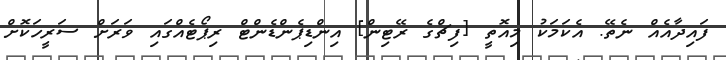
ފައިދާއެއް ނެތޭ. އެކަމަކު މިއޮތީ [ފިޗްގެ ރޭޓިން] އިންޑިޕެންޑެންޓް ރިޕޯޓެއްގައި ވަރަށް ސަރީހަކޮށް